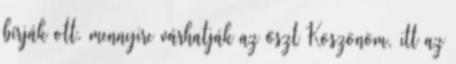
bírják ott. mennyire várhatják az őszt Köszönöm, itt az